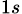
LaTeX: _{1s}